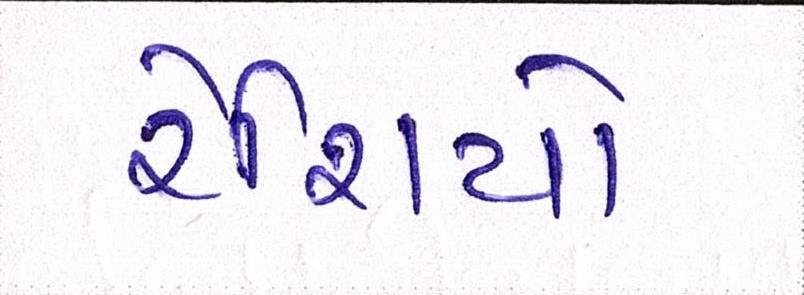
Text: રેશિયો